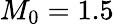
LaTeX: M_{0}=1.5